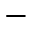
-